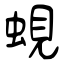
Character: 蜆